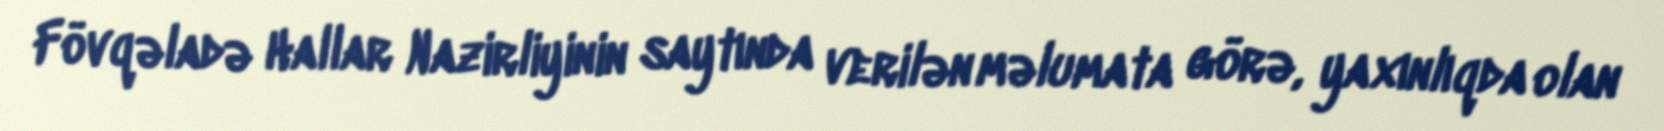
Fövqəladə Hallar Nazirliyinin saytında verilən məlumata görə, yaxınlıqda olan